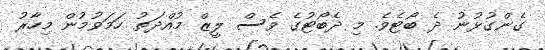
ގެންގުޅުނު ދެ ބޯޓެވެ. މި ދެބޯޓުގެ ވެސް ލީޒް މުއްދަތު ހަމަވުމުން މިހާރު